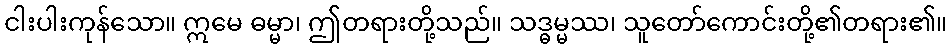
ငါးပါးကုန်သော။ ဣမေ ဓမ္မာ၊ ဤတရားတို့သည်။ သဒ္ဓမ္မဿ၊ သူတော်ကောင်းတို့၏တရား၏။